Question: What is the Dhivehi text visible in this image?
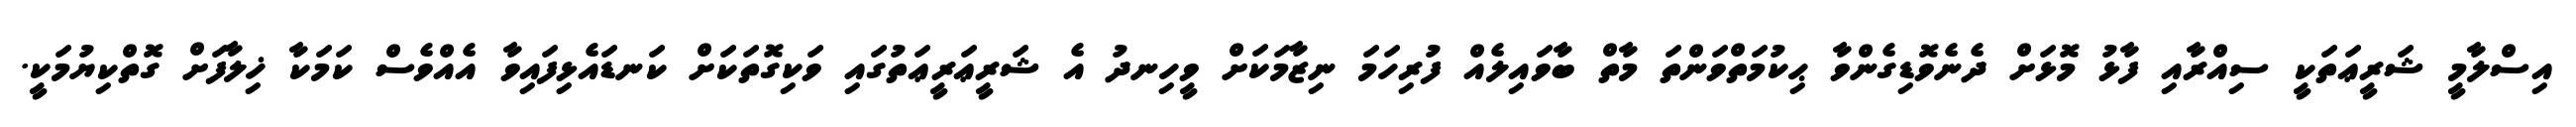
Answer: އިސްލާމީ ޝަރީޢަތަކީ ސިއްރާއި ފާޅު މޮޅަށް ދެނެވޮޑިގެންވާ ޙިކުމަތްވަންތަ މާތް ބާވައިލެއް ފުރިހަމަ ނިޒާމަކަށް ވީހިނދު އެ ޝަރީޢަރީޢަތުގައި ވަކިގޮތަކަށް ކަނޑައެޅިފައިވާ އެއްވެސް ކަމަކާ ޚިލާފަށް ގޮތްކިޔުމަކީ.